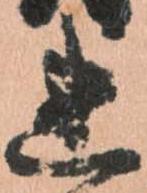
連